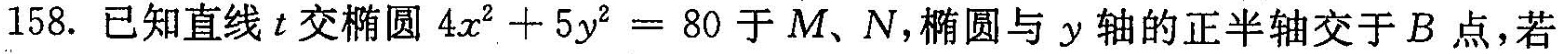
158.已知直线t交椭圆$$4 x ^ { 2 } + 5 y ^ { 2 } = 8 0$$于M、N，椭圆与y轴的正半轴交于B点，若